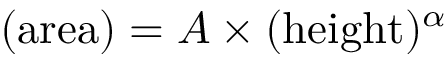
( \mathrm { a r e a } ) = A \times ( \mathrm { h e i g h t } ) ^ { \alpha }